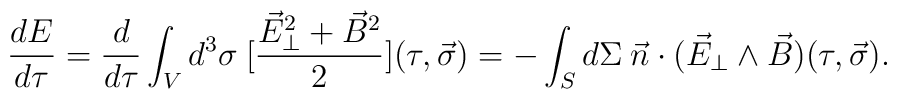
\frac{dE}{d\tau}=\frac{d}{d\tau}\int_{V}d^{3}\sigma\:[\frac{\vec{E}^{2}_{\perp}+\vec{B}^{2}}{2}](\tau,\vec{\sigma})=-\int_{S}d\Sigma\:\vec{n}\cdot(\vec{E}_{\perp}\wedge\vec{B})(\tau,\vec{\sigma}).